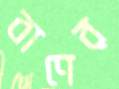
বাণের